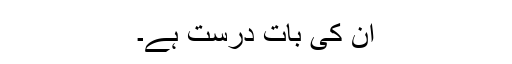
ان کی بات درست ہے۔